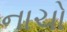
નાચો